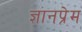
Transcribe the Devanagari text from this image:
ज्ञानप्रेम